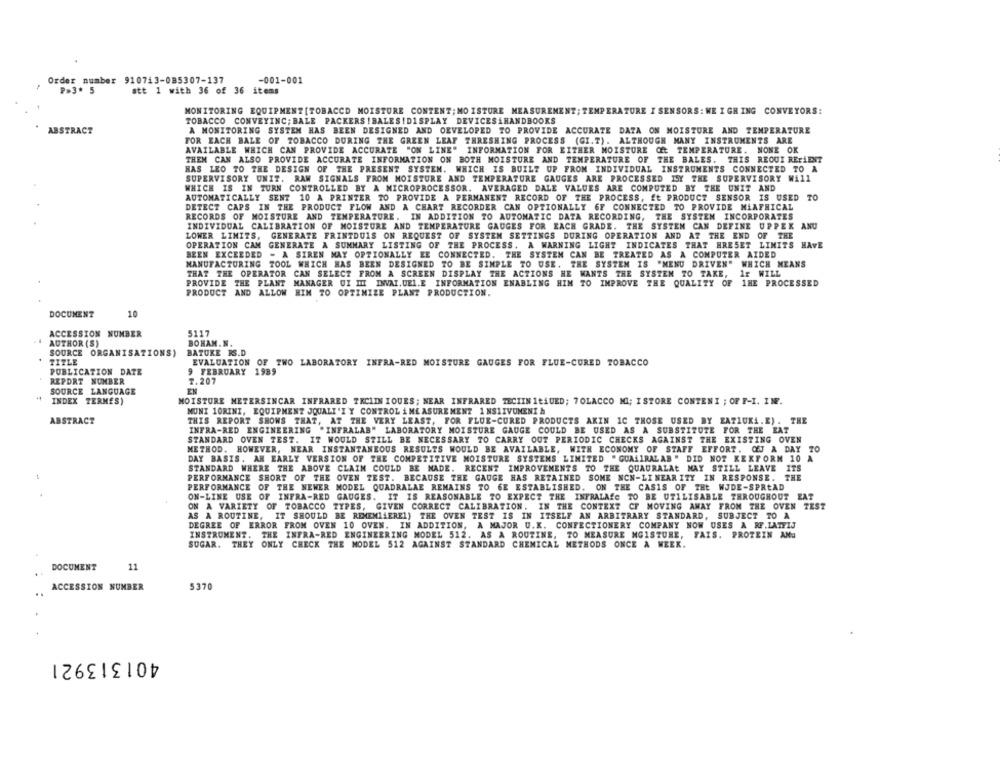
Order number 910713-085307-137
-001-001
P.3. 5
att 1 with 36 of 36 items
MONITORING EQUIPMENT[TOBACCO MOISTURE CONTENT; MOISTURE MEASUREMENT; TEMPERATURE I SENSORS : WE I GH ING CONVEYORS:
TOBACCO CONVEYING; BALE PACKERS !BALES!DISPLAY DEVICESAHANDBOOKS
ABSTRACT
A MONITORING SYSTEM HAS BEEN DESIGNED AND DEVELOPED TO PROVIDE ACCURATE DATA ON MOISTURE AND TEMPERATURE
FOR EACH BALE OF TOBACCO DURING THE GREEN LEAF THRESHING PROCESS (GI.T). ALTHOUGH MANY INSTRUMENTS ARE
AVAILABLE WHICH CAN PROVIDE ACCURATE "ON LINE" INFORMATION FOR EITHER MOISTURE Of TEMPERATURE. NONE OK
THEN CAN ALSO PROVIDE ACCURATE INFORMATION ON BOTH MOISTURE AND TEMPERATURE OF THE BALES. THIS REOUI REriENT
HAS LEO TO THE DESIGN OF THE PRESENT SYSTEM. WHICH IS BUILT UP FROM INDIVIDUAL INSTRUMENTS CONNECTED TO A
SUPERVISORY UNIT. RAW SIGNALS FROM MOISTURE AND TEMPERATURE GAUGES ARE PROCESSED ISY THE SUPERVISORY WALL
WHICH IS IN TURN CONTROLLED BY A MICROPROCESSOR. AVERAGED DALE VALUES ARE COMPUTED BY THE UNIT AND
AUTOMATICALLY SENT 10 A PRINTER TO PROVIDE A PERMANENT RECORD OF THE PROCESS, Et PRODUCT SENSOR IS USED TO
DETECT CAPS IN THE PRODUCT FLOW AND A CHART RECORDER CAN OPTIONALLY OF CONNECTED TO PROVIDE MiAFRICAL
RECORDS OF MOISTURE AND TEMPERATURE. IN ADDITION TO AUTOMATIC DATA RECORDING, THE SYSTEN INCORPORATES
INDIVIDUAL CALIBRATION OF MOISTURE AND TEMPERATURE GAUGES FOR EACH GRADE. THE SYSTEM CAN DEFINE UPPER
ANU
LOWER LIMITS, GENERATE FRINTDUIS ON REQUEST OF SYSTEM SETTINGS DURING OPERATION AND AT THE END OF THE
OPERATION CAM GENERATE A SUMMARY LISTING OF THE PROCESS. A WARNING LIGHT INDICATES THAT HRESET LIMITS HAVE
BEEN EXCEEDED - A SIREN MAY OPTIONALLY EE CONNECTED. THE SYSTEM CAN BE TREATED AS A COMPUTER AIDED
MANUFACTURING TOOL WHICH HAS BEEN DESIGNED TO BE SIMPLE TO USE. THE SYSTEM IS "MENU DRIVEN" WHICH MEANS
THAT THE OPERATOR CAN SELECT FROM A SCREEN DISPLAY THE ACTIONS HE WANTS THE SYSTEM TO TAKE, Ir WILL
PROVIDE THE PLANT MANAGER UI II INVAI. UEI.E INFORMATION ENABLING HIM TO IMPROVE THE QUALITY OF 1HE PROCESSED
PRODUCT AND ALLOW HIM TO OPTIMIZE PLANT PRODUCTION.
DOCUMENT
10
ACCESSION NUMBER
5117
AUTHOR (S)
BOHAN.N.
SOURCE ORGANISATIONS)
BATUKE BS.D
TITLE
EVALUATION OF TWO LABORATORY INFRA-RED MOISTURE GAUGES FOR FLUE-CURED TOBACCO
PUBLICATION DATE
9 FEBRUARY 1939
REPORT NUMBER
7.207
SOURCE LANGUAGE
INDEX TERMES)
MOISTURE METERSINCAR INFRARED TKCIIN IQUES; NEAR INFRARED TECIIN ItAUED; 7 OLACCO MI; I STORE CONTENI ; OF F-I. INF.
MUNI 10RINI, EQUIPMENT JQUALI'I Y CONTROL A MEASURE MENT 1 NSAIVUNENI &
ABSTRACT
THIS REPORT SHOWS THAT, AT THE VERY LEAST, FOR FLUE-CURED PRODUCTS AKIN IC THOSE USED BY EATLUKi.E) . THE
INFRA-RED ENGINEERING "INFRALAB" LABORATORY MOISTURE GAUGE COULD BE USED AS A SUBSTITUTE FOR THE EAT
STANDARD OVEN TEST. IT WOULD STILL BE NECESSARY TO CARRY OUT PERIODIC CHECKS AGAINST THE EXISTING OVEN
METHOD. HOWEVER, NEAR INSTANTANEOUS RESULTS WOULD BE AVAILABLE, WITH ECONOMY OF STAFF EFFORT. OfJ A DAY TO
DAY BASIS. AN EARLY VERSION OF THE COMPETITIVE MOISTURE SYSTEMS LIMITED " GUAIRALAB " DID NOT KEXFORM 10 A
STANDARD WHERE THE ABOVE CLAIM COULD BE MADE. RECENT IMPROVEMENTS TO THE QUAURALAt MAY STILL LEAVE ITS
PERFORMANCE SHORT OF THE OVEN TEST. BECAUSE THE GAUGE HAS RETAINED SOME NON-LINEAR ITY IN RESPONSE.
THE
PERFORMANCE OF THE NEWER MODEL QUADRALAE REMAINS TO 6E ESTABLISHED. ON THE CASIS OF THE WJDE-SPREAD
ON-LINE USE OF INFRA-RED GAUGES. IT IS REASONABLE TO EXPECT THE INFRALAfG TO BE UTILISABLE THROUGHOUT EAT
ON A VARIETY OF TOBACCO TYPES, GIVEN CORRECT CALIBRATION. IN THE CONTEXT CF MOVING AWAY FROM THE OVEN TEST
AS A ROUTINE, IT SHOULD BE REMEMLAEREI) THE OVEN TEST IS IN ITSELF AN ARBITRARY STANDARD, SUBJECT TO A
DEGREE OF ERROR FROM OVEN 10 OVEN. IN ADDITION, A MAJOR U.K. CONFECTIONERY COMPANY NOW USES A RF.LATETJ
INSTRUMENT. THE INFRA-RED ENGINEERING MODEL 512. AS A ROUTINE, TO MEASURE MGISTUNE, FAIS. PROTEIN AND
SUGAR.
THEY ONLY CHECK THE MODEL 512 AGAINST STANDARD CHEMICAL METHODS ONCE A WEEK.
DOCUMENT
11
ACCESSION NUMBER
5370
..
401313921